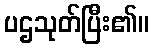
ပဌသုတ်ပြီး၏။